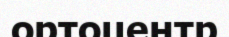
ортоцентр